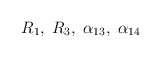
\begin{align*}R_1,\;R_3,\;\alpha_{13},\;\alpha_{14}\end{align*}